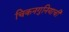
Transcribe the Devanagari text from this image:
चिकनगुनियाची